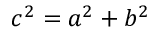
c ^ { 2 } = a ^ { 2 } + b ^ { 2 }